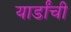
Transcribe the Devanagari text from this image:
यार्डांची